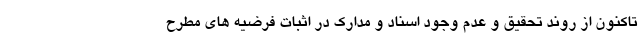
تاکنون از روند تحقیق و عدم وجود اسناد و مدارک در اثبات فرضیه های مطرح